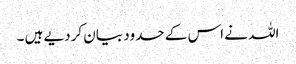
اللہ نے اس کے حدود بیان کردیے ہیں ۔